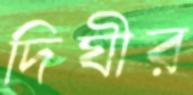
দিঘীর